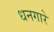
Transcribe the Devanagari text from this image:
धनगारे